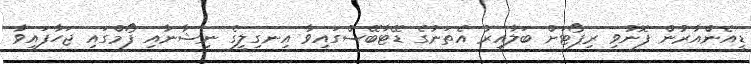
ޑީއެންއާރުން ފޮނުވި ރިޕޯޓަށް ބަލާއިރު އެތަނުގެ ޑޭޓާބޭސްގައިވާ އިނގިލީގެ ނިޝާނާއި ފޯމްގައި ޖަހާފައިވާ